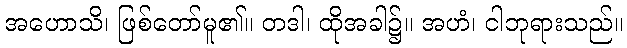
အဟောသိ၊ ဖြစ်တော်မူ၏။ တဒါ၊ ထိုအခါ၌။ အဟံ၊ ငါဘုရားသည်။